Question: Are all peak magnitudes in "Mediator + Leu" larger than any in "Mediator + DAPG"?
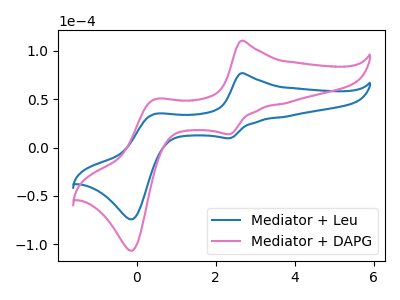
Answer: <think>The blue curve "Mediator + Leu" has anodic peaks at (2.65V, 76.70uA) (0.45V, 34.60uA) and cathodic peaks at (2.35V, 9.55uA) (-0.10V, -74.15uA). The pink curve "Mediator + DAPG" has anodic peaks at (2.65V, 110.20uA) (0.45V, 49.75uA) and cathodic peaks at (2.35V, 13.75uA) (-0.10V, -106.50uA).</think>
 <answer>The peaks in "Mediator + Leu" are neither all higher or all lower than the peaks in "Mediator + DAPG".</answer>
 <eval>mixed</eval>